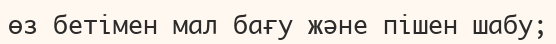
өз бетiмен мал бағу және пiшен шабу;